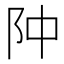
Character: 䦿